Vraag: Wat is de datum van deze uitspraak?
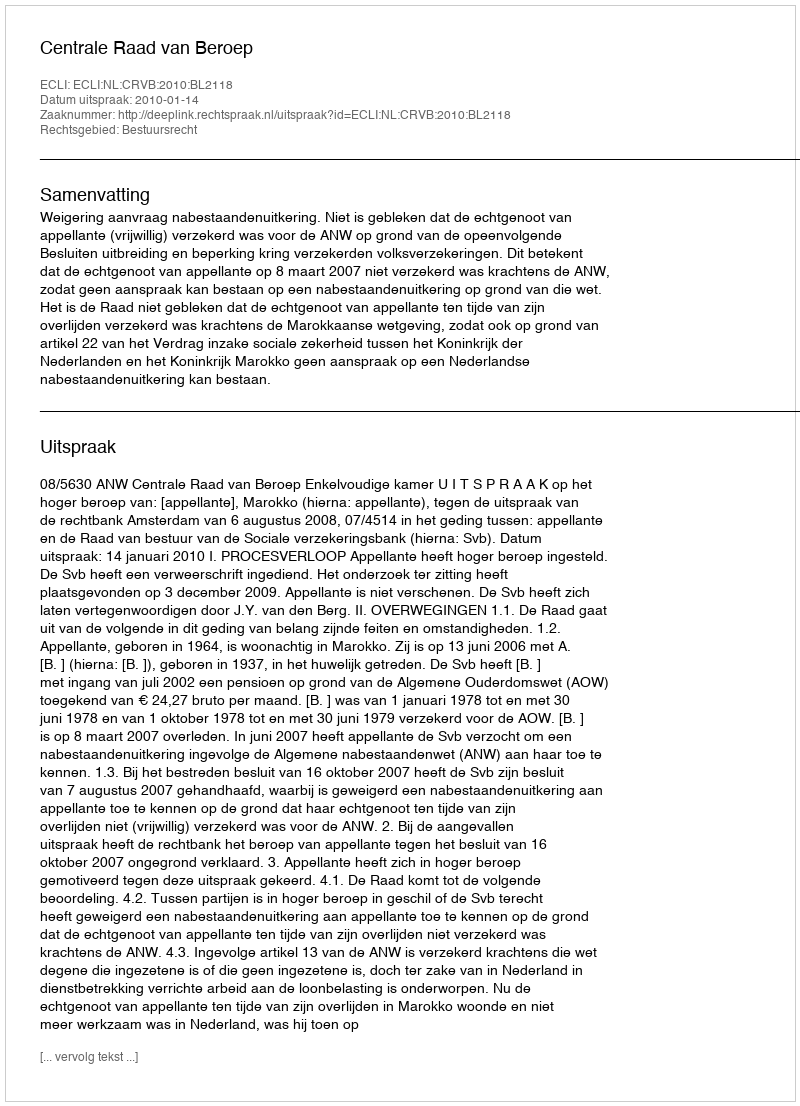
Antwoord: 2010-01-14